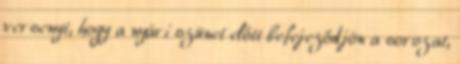
versenyt, hogy a nyári szünet előtt befejeződjön a sorozat,